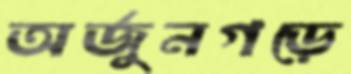
অর্জুনগড়ে